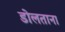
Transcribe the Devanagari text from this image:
डोलताना